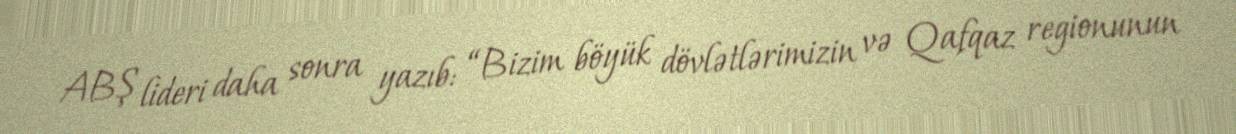
ABŞ lideri daha sonra yazıb: “Bizim böyük dövlətlərimizin və Qafqaz regionunun